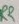
Text: R2